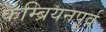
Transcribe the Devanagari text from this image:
कॅम्ब्रियनपूर्व